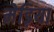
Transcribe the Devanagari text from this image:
मेड़िया